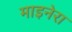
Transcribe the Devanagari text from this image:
माइनेरा